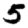
Digit: 5